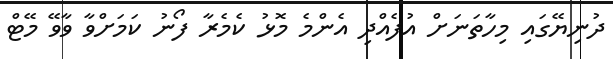
ދުނިޔޭގައި މިހާތަނަށް އުފެއްދި އެންމެ މޮޅު ކެމެރާ ފޯނު ކަމަށްވާ ވާވޭ މޭޓް